Annual report on the working of the Harcourt Butler Institute of Public Health, Rangoon
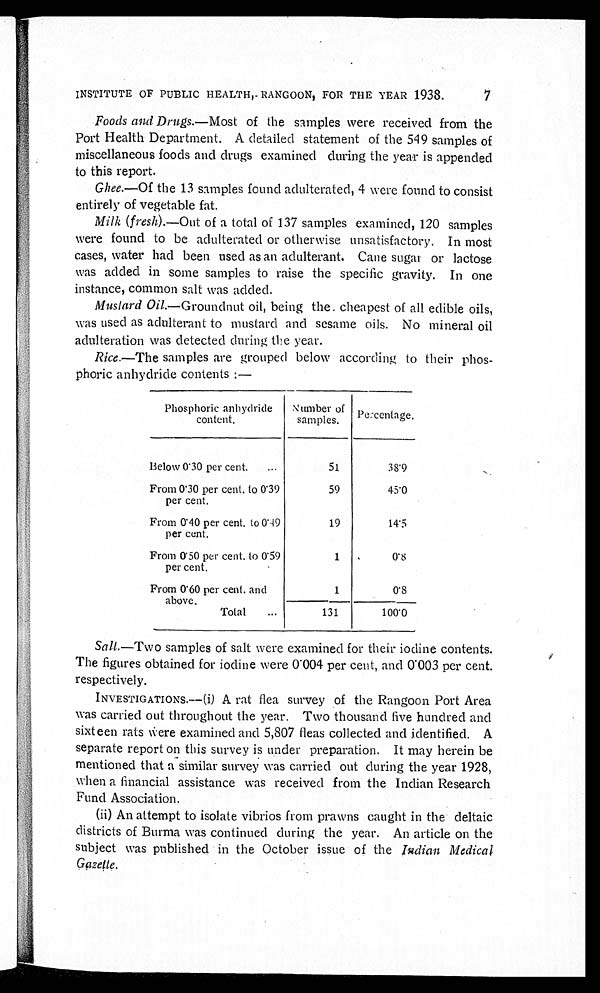
INSTITUTE OF PUBLIC HEALTH,- RANGOON, FOR THE YEAR 1938.
7
Foods and Drugs .—Most of the samples were received from the
Port Health Department. A detailed statement of the 549 samples of
miscellaneous foods and drugs examined during the year is appended
to this report.
Ghee .—Of the 13 samples found adulterated, 4 were found to consist
entirely of vegetable fat.
Milk (fresh).—Out of a total of 137 samples examined, 120 samples
were found to be adulterated or otherwise unsatisfactory. In most
cases, water had been used as an adulterant. Cane sugar or lactose
was added in some samples to raise the specific gravity. In one
instance, common salt was added.
Mustard Oil.— Groundnut oil, being the cheapest of all edible oils,
was used as adulterant to mustard and sesame oils. No mineral oil
adulteration was detected during the year.
Rice .—The samples are grouped below according to their phos-
phoric anhydride contents :—
Phosphoric anhydride
content.
Number of
samples.
Percentage.
Below 0.30 per cent.
...
51
38.9
From 0.30 per cent. to 0.39
per cent.
59
45.0
From 0.40 per cent. to 0.49
per cent.
19
14.5
From 0.50 per cent. to 0.59
per cent.
1
0 . 8
From 0.60 per cent. and
above.
1
0 . 8
Total
...
131
100.0
Salt —Two samples of salt were examined for their iodine contents.
The figures obtained for iodine were 0.004 per cent, and 0.003 per cent.
respectively.
INVESTIGATIONS.—(i) A rat flea survey of the Rangoon Port Area
was carried out throughout the year. Two thousand five hundred and
sixteen rats were examined and 5,807 fleas collected and identified. A
separate report on this survey is under preparation. It may herein be
mentioned that a similar survey was carried out during the year 1928,
when a financial assistance was received from the Indian Research
Fund Association.
(ii) An attempt to isolate vibrios from prawns caught in the deltaic
districts of Burma was continued during the year. An article on the
subject was published in the October issue of the Indian Medical
Gazette.